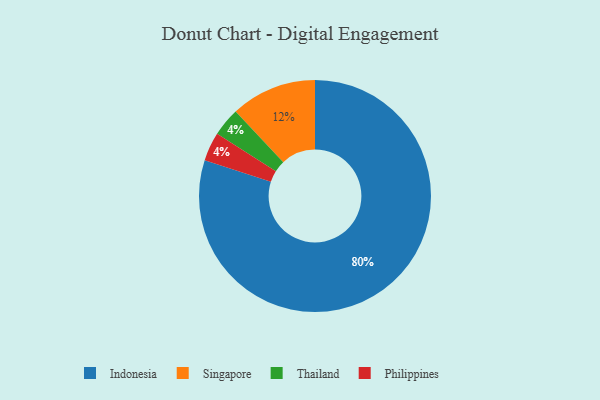
{"axis": {"x": "Category", "y": "Percentage"}, "legend": ["Indonesia", "Philippines", "Singapore", "Thailand"], "data": [{"x": "Thailand", "y": 4, "type": "Thailand"}, {"x": "Indonesia", "y": 80, "type": "Indonesia"}, {"x": "Philippines", "y": 4, "type": "Philippines"}, {"x": "Singapore", "y": 12, "type": "Singapore"}]}